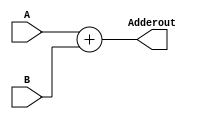
`timescale 1ns / 1ps
//////////////////////////////////////////////////////////////////////////////////
// Company: 
// Engineer: 
// 
// Design Name: 
// Module Name: Adder
// Project Name: 
// Target Devices: 
// Tool Versions: 
// Description: 
// 
// Dependencies: 
// 
// Revision:
// Revision 0.01 - File Created
// Additional Comments:
// 
//////////////////////////////////////////////////////////////////////////////////
module Adder(A, B, Adderout);
  input[31:0] A, B;
  output reg [31:0] Adderout;

  always @*
    begin
      Adderout <= A + B;
    end
endmodule